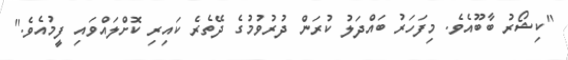
"ކިޝޯރު ބާބޫއެވެ. މިފަހަރު ބައްދަލު ކުރަން ދުރުވުމުގެ ދޭތެރެ ކައިރި ކޮށްލައްވައި ފީމުއެވެ."